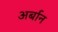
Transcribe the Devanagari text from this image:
अर्बान